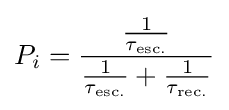
P_{i}={\frac {\frac {1}{\tau _{\text{esc.}}}}{{\frac {1}{\tau _{\text{esc.}}}}+{\frac {1}{\tau _{\text{rec.}}}}}}